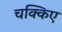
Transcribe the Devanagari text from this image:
चक्किए